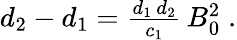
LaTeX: \begin{array}{r}{d_{2}-d_{1}=\frac{d_{1}\, d_{2}}{c_{1}}\, B_{0}^{2}\; .}\end{array}